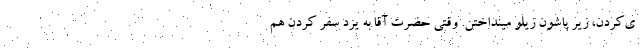
ی‌کردن،‌ زیر پاشون زیلو مینداختن. وقتی حضرت آقا به یزد سفر کردن هم